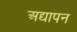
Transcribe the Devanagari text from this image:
अद्यापन